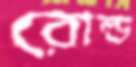
রোল্ড